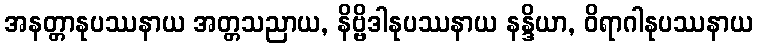
အနတ္တာနုပဿနာယ အတ္တသညာယ, နိဗ္ဗိဒါနုပဿနာယ နန္ဒိယာ, ဝိရာဂါနုပဿနာယ